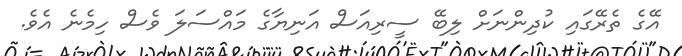
އޭގެ ތެރޭގައި ކުދިންނަށް ލިބޭ ސީރިއަސް އަނިޔާގެ މައްސަލަ ވެސް ހިމެނެ އެވެ.